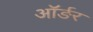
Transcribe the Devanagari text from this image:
ऑर्ङर